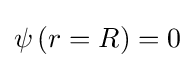
\psi \left(r=R\right)=0